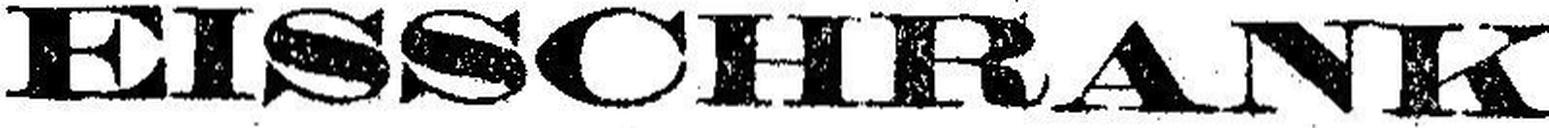
EISSCHRANK